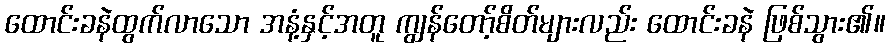
ထောင်းခနဲထွက်လာသော အနံ့နှင့်အတူ ကျွန်တော့်စိတ်များလည်း ထောင်းခနဲ ဖြစ်သွား၏။